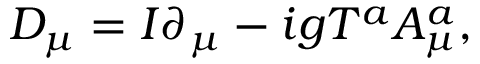
D _ { \mu } = I \partial _ { \mu } - i g T ^ { a } A _ { \mu } ^ { a } ,